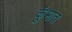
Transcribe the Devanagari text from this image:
कुंभात